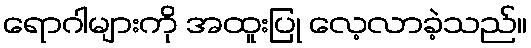
ရောဂါများကို အထူးပြု လေ့လာခဲ့သည်။